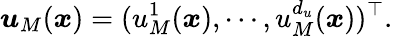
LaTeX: \boldsymbol{u}_{M}(\boldsymbol{x})=(u_{M}^{1}(\boldsymbol{x}),\cdots,u_{M}^{d_{u}}(\boldsymbol{x}))^{\top}.